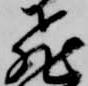
飛